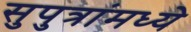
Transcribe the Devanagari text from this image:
सुपुत्रांमध्ये